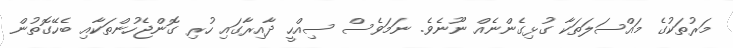
މަރުތަކުގެ މައްސަލަތަކާ ގުޅިގެންނެއް ނޫނެވެ. ނަމަވެސް ސިއްހީ ދާއިރާގައި ހުރި ގޮންޖެހުންތަކާއި ބެހޭގޮތުން